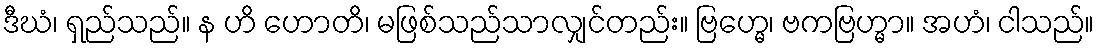
ဒီဃံ၊ ရှည်သည်။ န ဟိ ဟောတိ၊ မဖြစ်သည်သာလျှင်တည်း။ ဗြဟ္မေ၊ ဗကဗြဟ္မာ။ အဟံ၊ ငါသည်။